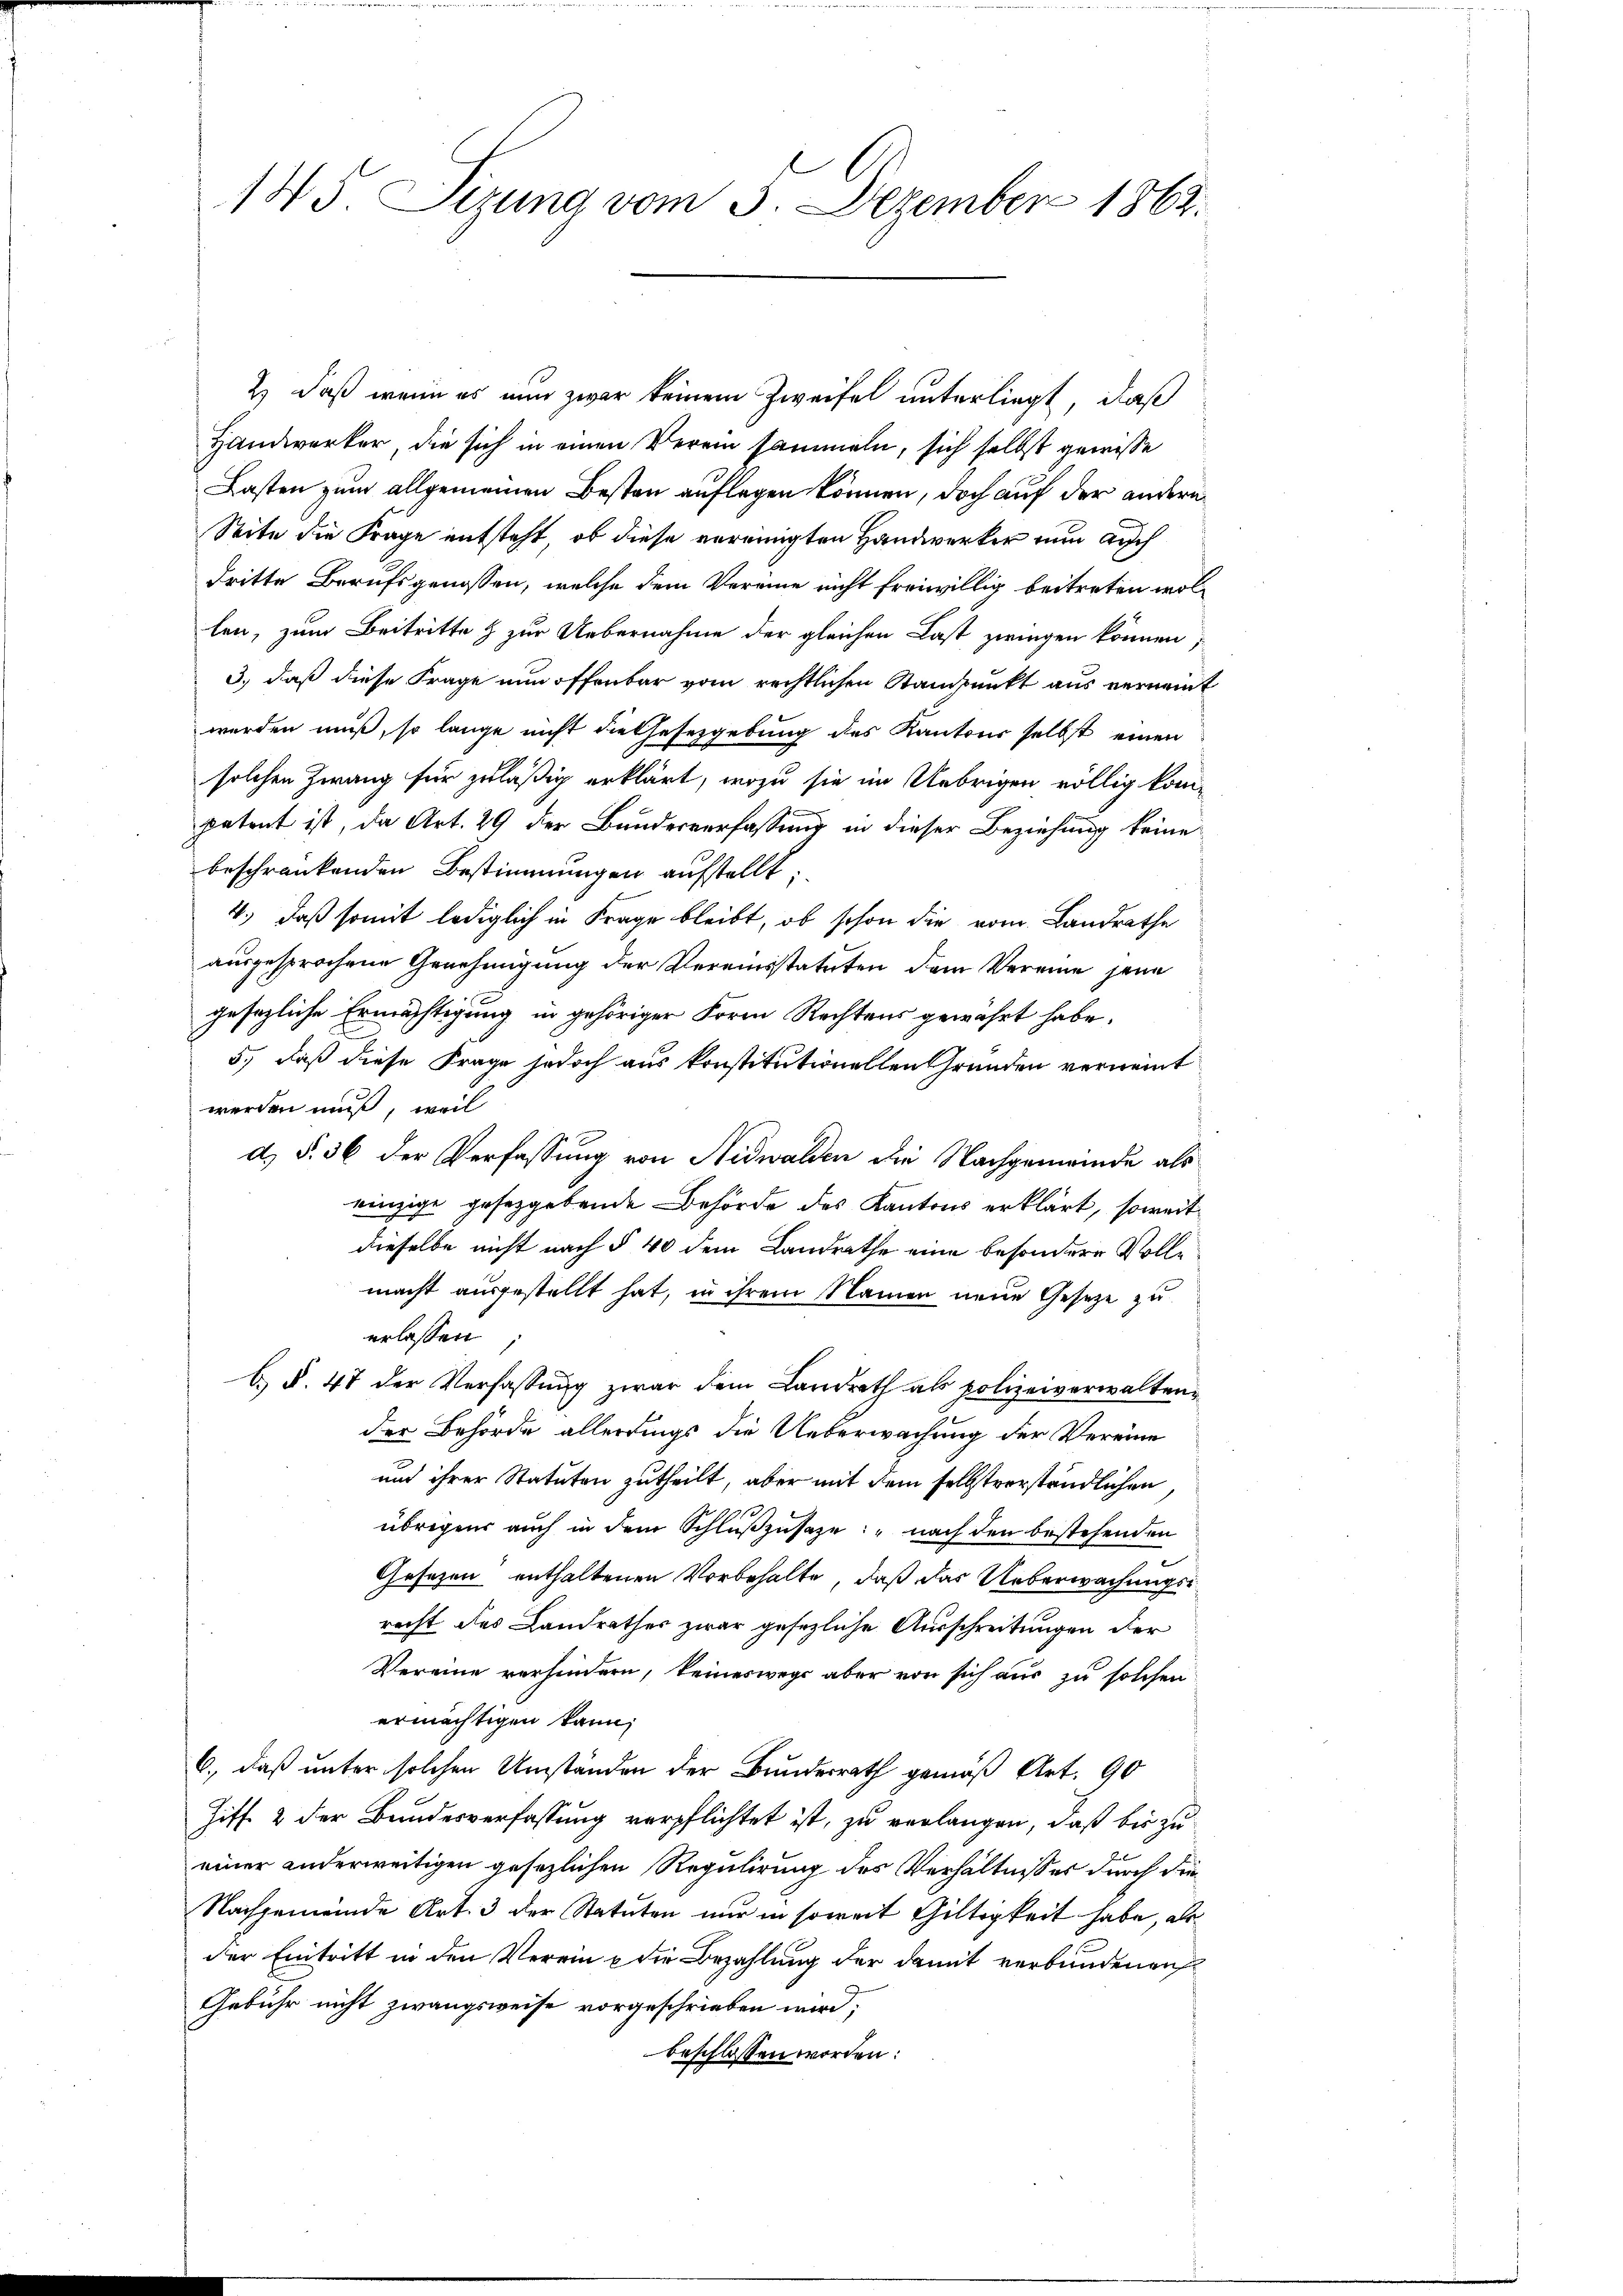
145. Sizung vom 3. Dezember 1862.

2) daß wenn es nun zwar keinem Zweifel unterliegt, daß
Handwerker, die sich in einen Verein sammeln, sich selbst gewisse
Lasten zum allgemeinen Besten auflegen können, doch auf der andern
Seite die Frage entsteht, ob diese vereinigten Handwerker nun auch
dritte Berufsgenossen, welche dem Vereine nicht freiwillig beitreten wol-
len, zum Beitritte & zur Uebernahme der gleichen Last zwingen können,
3., daß diese Frage nun öffenbar vom rechtlichen Standpunkt aus vernennt
werden muß, so lange nicht die Gesetzgebung des Kantons selbst einen
solchen Zwang für zuläßig erklärt, wozu sie im Uebrigen völlig kom-
patent ist, da Art. 29 der Bundesverfassung in dieser Beziehung keine
beschränkenden Bestimmungen aufstellt;
4.) daß somit lediglich in Frage bleibt, ob schon die vom Landrathe
ausgesprochene Genehmigung der Vereinsstatuten dem Vereine jene
gesezliche Ermächtigung in gehöriger Form Rechtens gewährt habe.
5.) Daß diese Frage jedoch aus konstitutionellen Gründen vernannt
werden muß, weil
d. §. 36 der Verfassung von Nidwalden die Nachgemeinde als
einzige gesetzgebende Behörde des Kantons erklärt, soweit
dieselbe nicht nach § 40 dem Landrathe eine besondere Vollmacht ausgestellt hat, in ihrem Namen neue Gesetze zu
erlassen
b. §. 47 der Verfassung zwar dem Landrath als polizeiverwaltender Behörde allerdings die Ueberwachung der Vereine
und ihrer Statuten zutheilt, aber mit dem selbstverständlichen
übrigens auch in dem Schlußzusage: „nach den bestehenden
Gesezen enthaltenen Vorbehalte, daß das Ueberwachungsrecht des Landrathes zwar gesezliche Ausschreitungen der
Vereine verhindern, keineswegs aber von sich aus zu solchen
ermächtigen kann;
6), daß unter solchen Umständen der Bundesrath gemäß Art. 90
Ziff. 2 der Bundesverfassung verpflichtet ist, zu verlangen, daß bis zu
einer anderweitigen gesezlichen Regulirung des Verhältnisses durch die
Nachgemeinde Art. 3 der Statuten nur in soweit Gültigkeit habe, als
der Eintritt in den Verein & die Bezahlung der damit verbundenen
Gebühr nicht zwangsweise vorgeschrieben wird;
beschlossen worden: